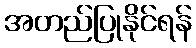
အတည်ပြုနိုင်ရန်